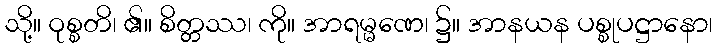
သို့။ ဝုစ္စတိ၊ ၏။ စိတ္တဿ၊ ကို။ အာရမ္မဏေ၊ ၌။ အာနယန ပစ္စုပဋ္ဌာနော၊